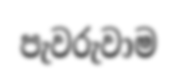
පැවරුවාම